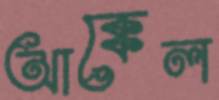
আক্কেল